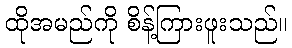
ထိုအမည်ကို စိန့်ကြားဖူးသည်။